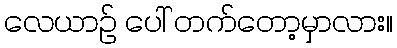
လေယာဉ် ပေါ် တက်တော့မှာလား။